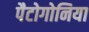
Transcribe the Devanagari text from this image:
पैटोगोनिया